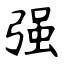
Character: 强